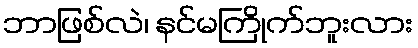
ဘာဖြစ်လဲ၊ နင်မကြိုက်ဘူးလား